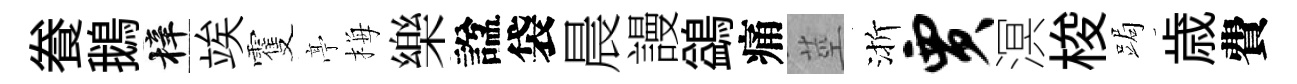
飬鵝梓竢䨥𠅘梅樂諡袋晨謾鷁痛莖渐贾溟梭跼歳費